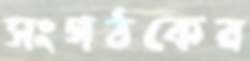
সংগঠকের